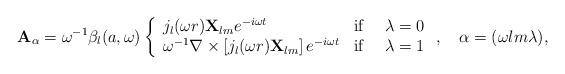
LaTeX: \begin{align*}{\mathbf{A}}_\alpha =\omega ^{-1}\beta _l(a,\omega )\left\{ \begin{array}{ll}j_l(\omega r){\mathbf{X}}_{lm}e^{-i\omega t} & \textrm{if $\quad \lambda =0$}\\\omega ^{-1}\nabla \times \left[ j_l(\omega r){\mathbf{X}}_{lm}\right] e^{-i\omega t}& {\textrm{if $\quad \lambda =1$}} \end{array} \right.,\quad \alpha =({\omega lm\lambda }),\end{align*}